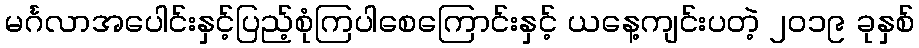
မင်္ဂလာအပေါင်းနှင့်ပြည့်စုံကြပါစေကြောင်းနှင့် ယနေ့ကျင်းပတဲ့ ၂၀၁၉ ခုနှစ်